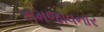
સમજાવનાર